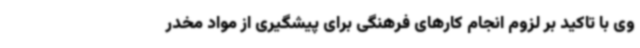
وی با تاکید بر لزوم انجام کارهای فرهنگی برای پیشگیری از مواد مخدر